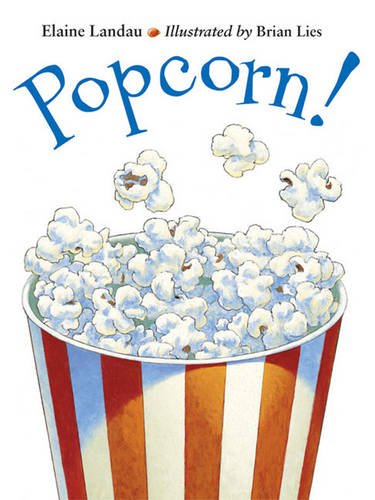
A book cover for Popcorn! (Charlesbridge); Elaine Landau; Children's Books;